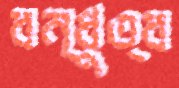
বন্ধুত্ব